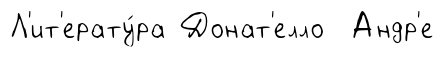
Л'ит'ерату́ра Донат'елло Андр'е